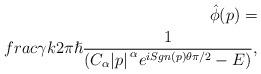
LaTeX: \begin{align*}\hat{\phi}(p)=\\frac{\gamma{}k}{2\pi{}\hslash{}}\frac{1}{\left(C_{\alpha{}}{\left\vert{}p\right\vert{}}^{\alpha{}}e^{iSgn\left(p\right)\theta{}\pi{}/2}-E\right)},\end{align*}